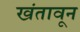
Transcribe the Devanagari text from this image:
खंतावून